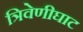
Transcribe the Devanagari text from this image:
त्रिवेणीघाट